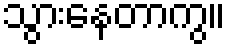
သွားနေတာကွ။